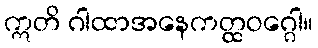
ဣတိ ဂါထာအနေကတ္ထဝဂ္ဂေါ။